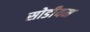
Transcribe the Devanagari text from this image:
सोडीयम